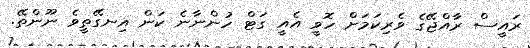
ރައީސް ރާއްޖޭގެ ވެރިކަމަށް ހޮވީ އެއީ ގަޓް ހުންނާނެ ކަން އިނގޭތީވެ ނޫންތޭ.